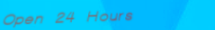
Open 24 Hours